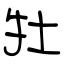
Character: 牡